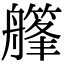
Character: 𦪪